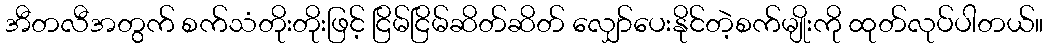
အီတလီအတွက် စက်သံတိုးတိုးဖြင့် ငြိမ်ငြိမ်ဆိတ်ဆိတ် လျှော်ပေးနိုင်တဲ့စက်မျိုးကို ထုတ်လုပ်ပါတယ်။